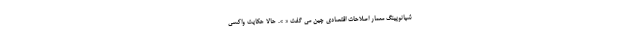
شیائوپینگ معمار اصلاحات اقتصادی چین می گفت «‌ ». حالا حکایت واکسی